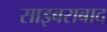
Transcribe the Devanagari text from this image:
साइबराबाद